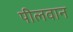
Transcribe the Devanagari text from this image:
पीलवान